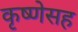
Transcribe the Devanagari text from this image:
कृष्णेसह